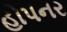
હોપનર